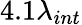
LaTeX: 4.1\lambda_{int}